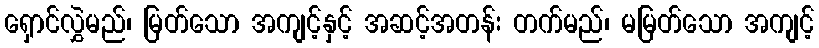
ရှောင်လွှဲမည်၊ မြတ်သော အကျင့်နှင့် အဆင့်အတန်း တက်မည်၊ မမြတ်သော အကျင့်